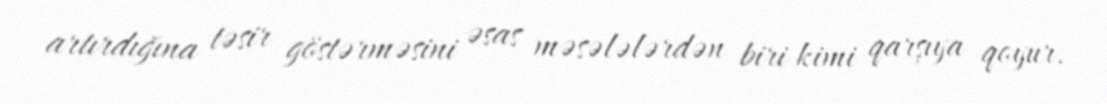
artırdığına təsir göstərməsini əsas məsələlərdən biri kimi qarşıya qoyur.